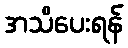
အသိပေးရန်